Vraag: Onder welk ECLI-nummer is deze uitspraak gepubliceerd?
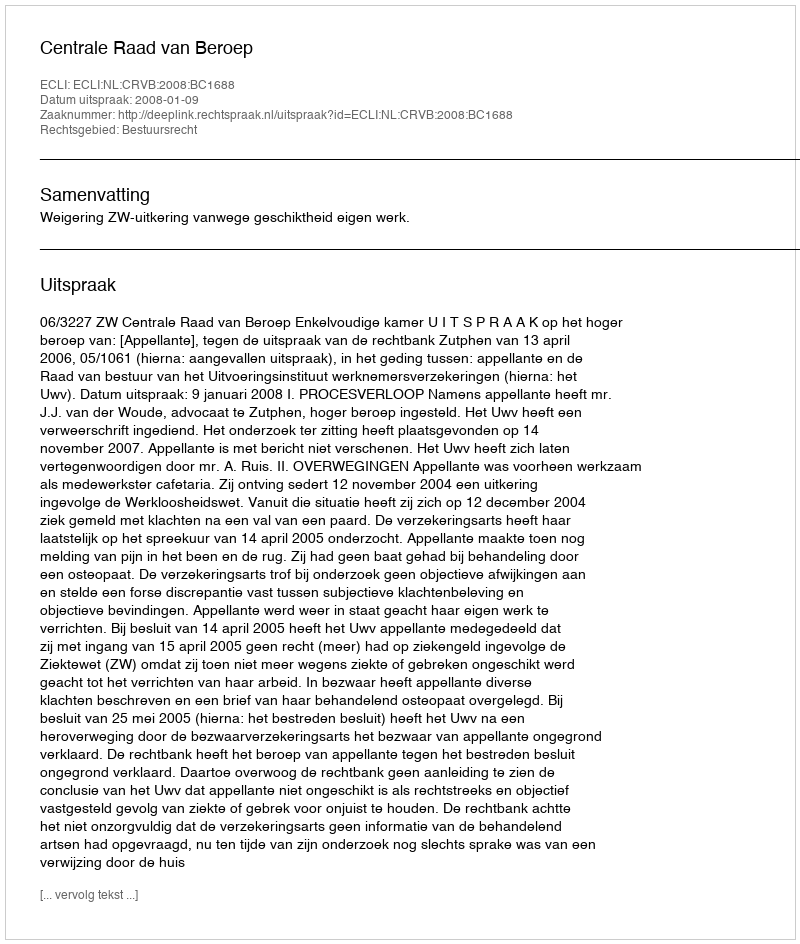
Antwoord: ECLI:NL:CRVB:2008:BC1688